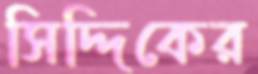
সিদ্দিকের